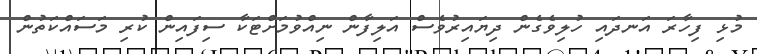
މުޅި ފިހާރަ އަނދައި ހުލިވެގެން ދިޔައިރުވެސް އަލިފާން ނިއްވުމަށްޓަކާ ސިފައިން ކުރި މަސައްކަތުން